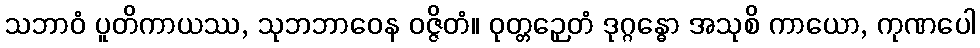
သဘာဝံ ပူတိကာယဿ, သုဘဘာဝေန ဝဇ္ဇိတံ။ ဝုတ္တဉှေတံ ဒုဂ္ဂန္ဓော အသုစိ ကာယော, ကုဏပေါ